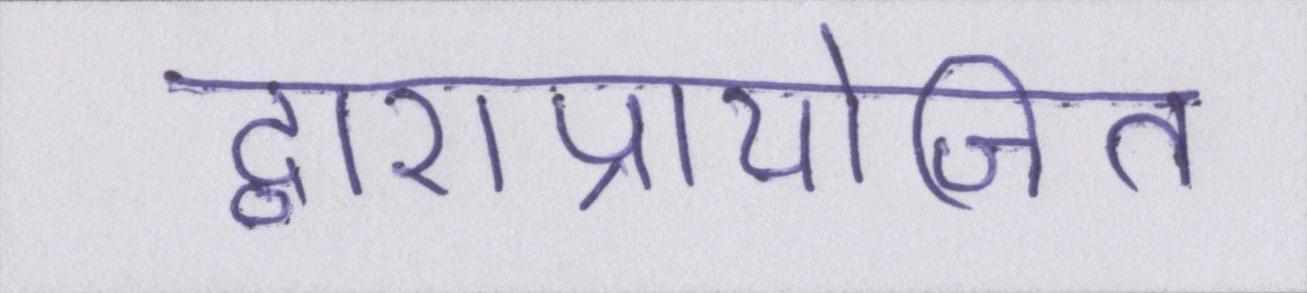
द्वाराप्रायोजित